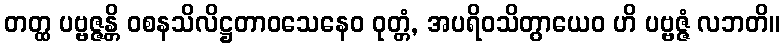
တတ္ထ ပဗ္ဗဇ္ဇန္တိ ဝစနသိလိဋ္ဌတာဝသေနေဝ ဝုတ္တံ, အပရိဝသိတွာယေဝ ဟိ ပဗ္ဗဇ္ဇံ လဘတိ။